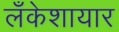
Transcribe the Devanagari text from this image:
लँकेशायार